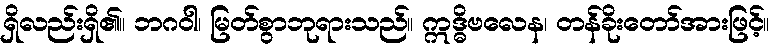
ရှိလည်းရှိ၏။ ဘဂဝါ၊ မြတ်စွာဘုရားသည်။ ဣဒ္ဓိဗလေန၊ တန်ခိုးတော်အားဖြင့်။